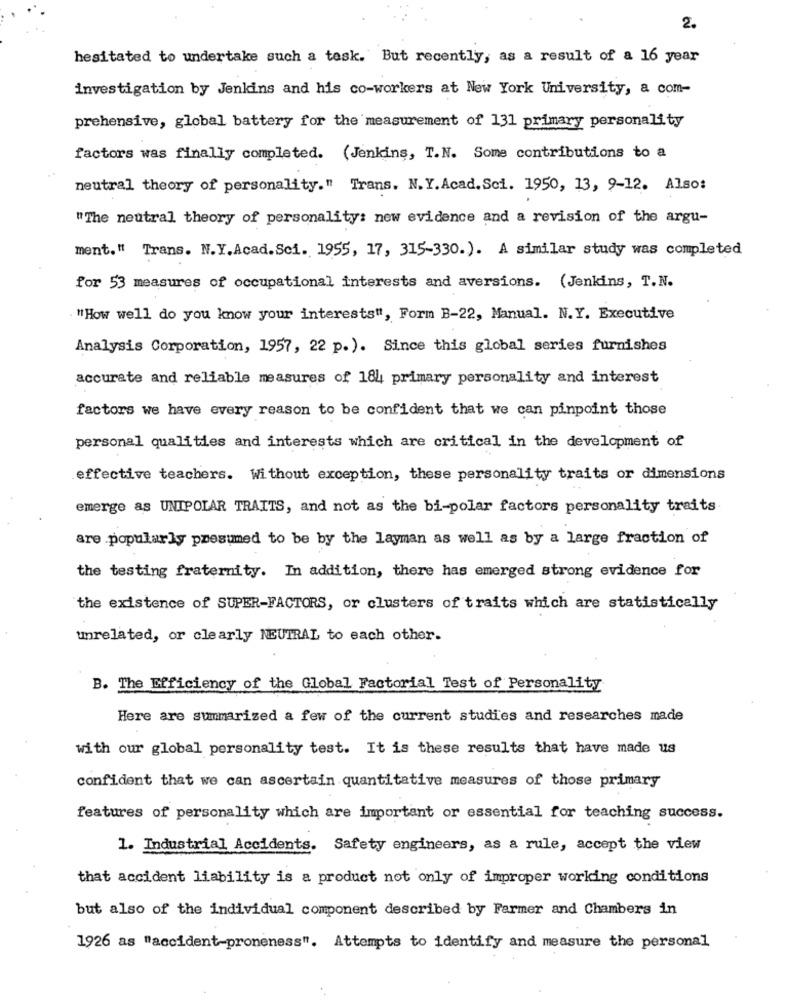
2.
hesitated to undertake such a task. But recently, as a result of a 16 year
investigation by Jenkins and his co-workers at New York University, a com-
prehensive, global battery for the measurement of 131 primary personality
factors was finally completed. (Jenkins, T.N. Some contributions to a
neutral theory of personality." Trans. N. Y. Acad. Sci. 1950, 13, 9-12. Also:
"The neutral theory of personality: new evidence and a revision of the argu-
ment." Trans. N.Y.Acad.Sci. 1955, 17, 315-330.). A similar study was completed
for 53 measures of occupational interests and aversions. (Jenkins, T.N.
" How well do you know your interests", Form B-22, Manual. N.Y. Executive
Analysis Corporation, 1957, 22 p.). Since this global series furnishes
accurate and reliable measures of 184 primary personality and interest
factors we have every reason to be confident that we can pinpoint those
personal qualities and interests which are critical in the development of
effective teachers. Without exception, these personality traits or dimensions
emerge as UNIPOLAR TRAITS, and not as the bi-polar factors personality traits
are popularly presumed to be by the layman as well as by a large fraction of
the testing fraternity. In addition, there has emerged strong evidence for
the existence of SUPER-FACTORS, or clusters of traits which are statistically
unrelated, or clearly NEUTRAL to each other.
B. The Efficiency of the Global Factorial Test of Personality
Here are summarized a few of the current studies and researches made
with our global personality test. It is these results that have made us
confident that we can ascertain quantitative measures of those primary
features of personality which are important or essential for teaching success.
1. Industrial Accidents. Safety engineers, as a rule, accept the view
that accident liability is a product not only of improper working conditions
but also of the individual component described by Farmer and Chambers in
1926 as "accident-proneness". Attempts to identify and measure the personal